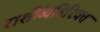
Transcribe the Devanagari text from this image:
राशींव्यतिरिक्त